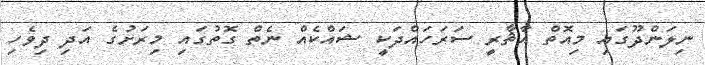
ނިލަންދޫގައި މިއޮތް އާޘާރީ ސަރަހައްދަކީ ޝައްކެއް ނެތް ގޮތުގައި މިރަށުގެ އަދި ދިވެހި